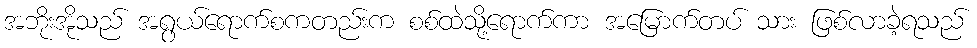
အဘိုးအိုသည် အရွယ်ရောက်စကတည်းက စစ်ထဲသို့ရောက်ကာ အမြောက်တပ် သား ဖြစ်လာခဲ့ရသည်